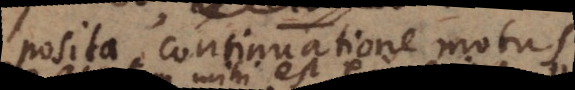
posita continuatione motus